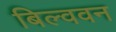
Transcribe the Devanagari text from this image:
बिल्ववन